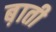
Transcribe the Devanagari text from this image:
ब़ाती